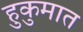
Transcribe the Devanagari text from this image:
हुकुमात